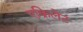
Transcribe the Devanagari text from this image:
एक्रिलेट